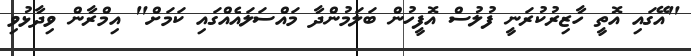
"އޭގައި އޮތީ ހާޒިރުކުރަނީ ފުލުސް އޮފީހުން ބަލަމުންދާ މައްސަލައެއްގައި ކަމަށް" އިމްރާން ވިދާޅުވި